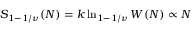
S _ { 1 - 1 / \nu } ( N ) = k \ln _ { 1 - 1 / \nu } W ( N ) \propto N